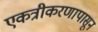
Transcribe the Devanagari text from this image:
एकत्रीकरणापासून